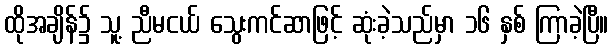
ထိုအချိန်၌ သူ့ ညီမငယ် သွေးကင်ဆာဖြင့် ဆုံးခဲ့သည်မှာ ၁၆ နှစ် ကြာခဲ့ပြီ။